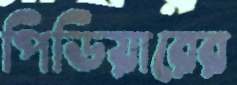
পিডিয়ারের